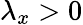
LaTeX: \lambda_{x}>0